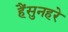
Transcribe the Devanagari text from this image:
हैंसुनहरे